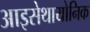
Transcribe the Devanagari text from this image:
आइसेथायोनिक